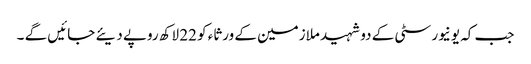
جب کہ یونیورسٹی کے دو شہید ملازمین کے ورثاء کو 22 لاکھ روپے دیئے جائیں گے ۔